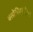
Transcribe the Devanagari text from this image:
क्सोचिक्युंट्झिन